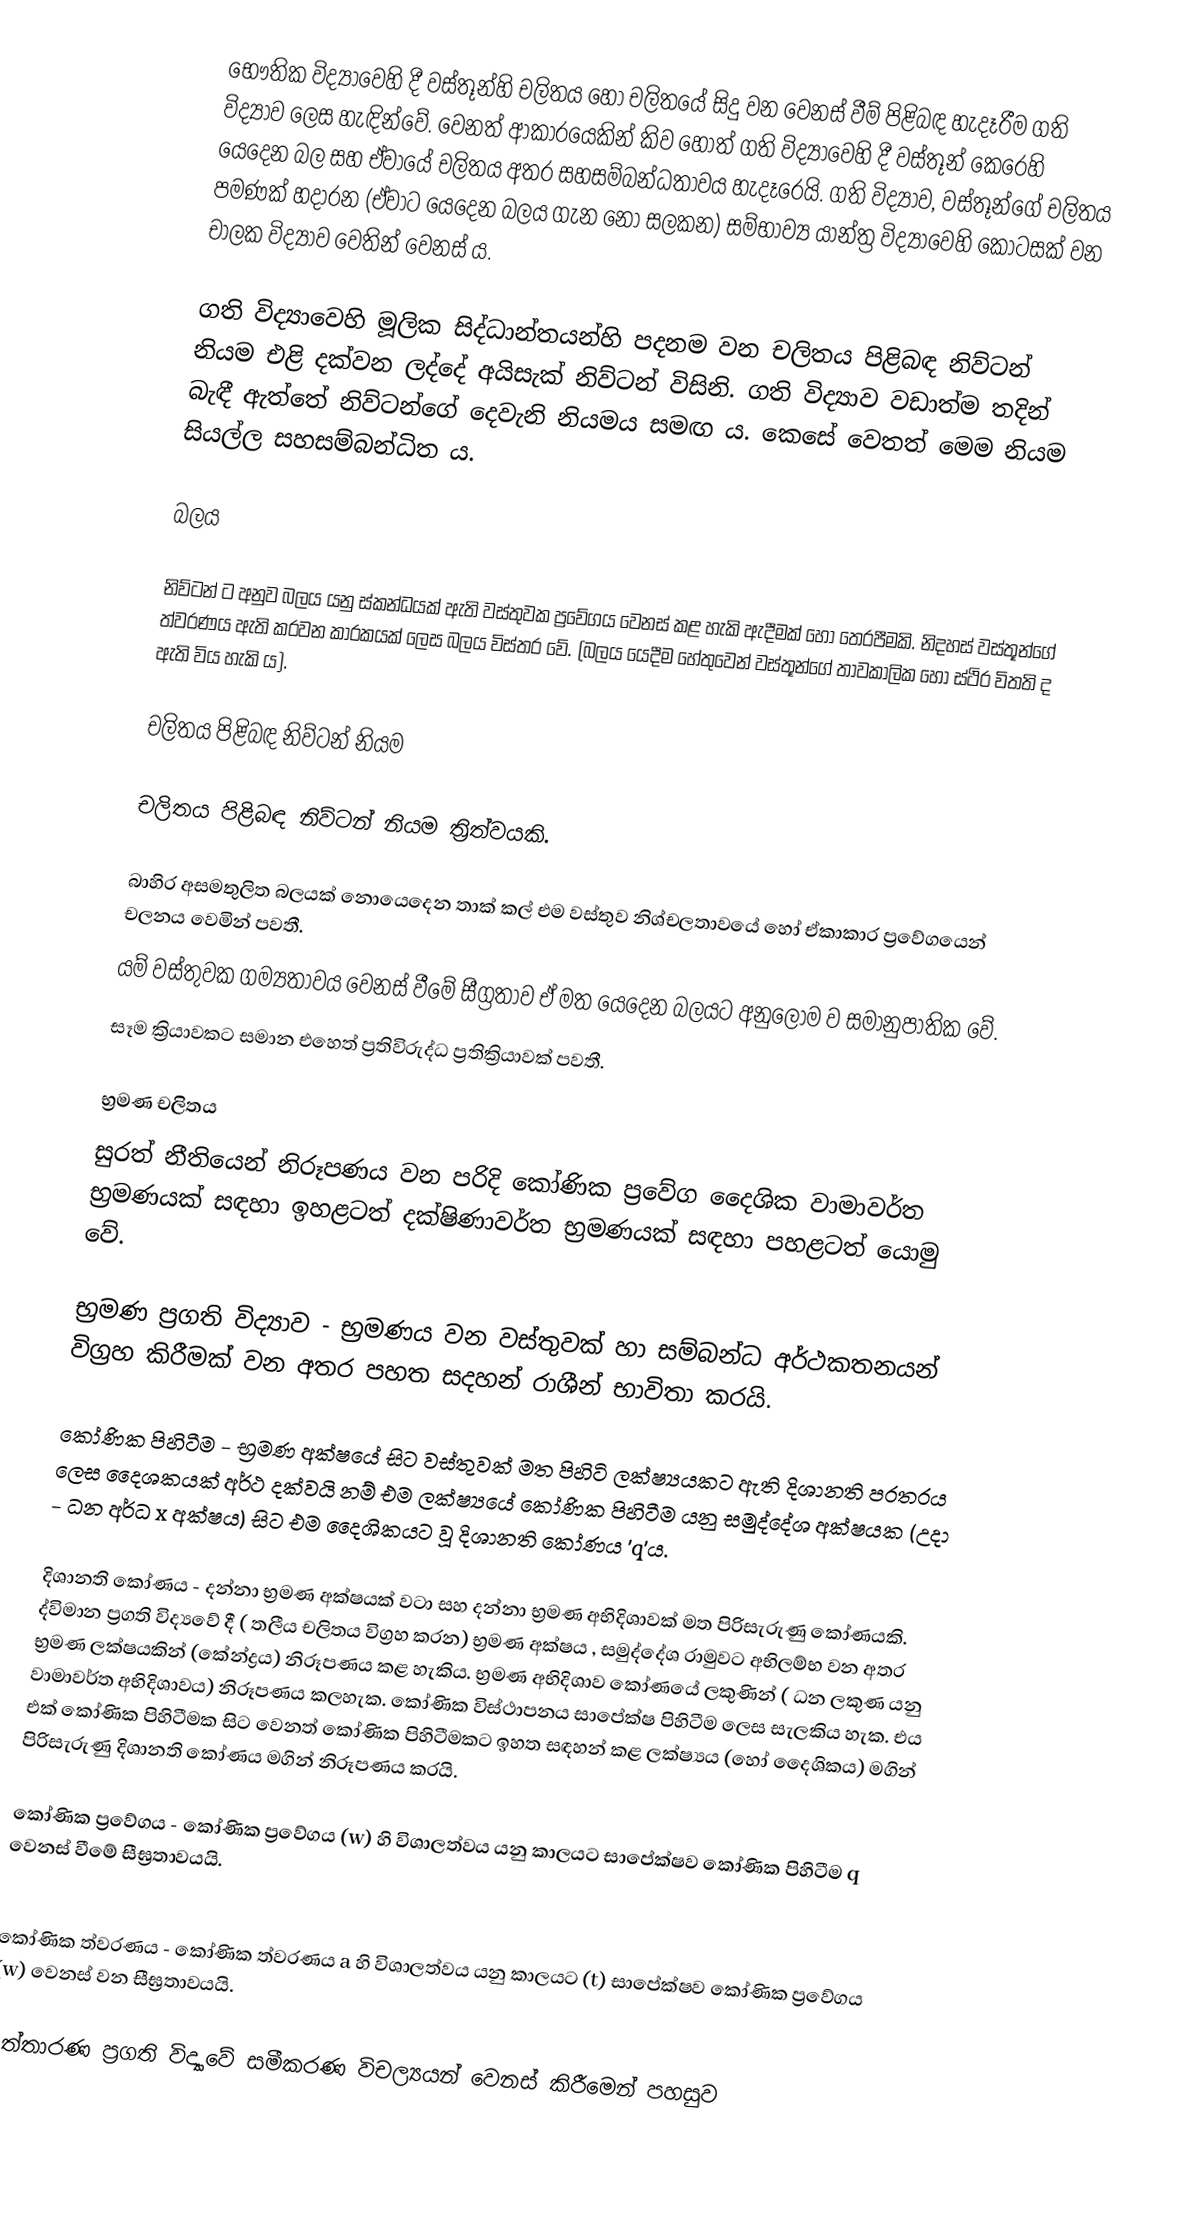
භෞතික විද්‍යාවෙහි දී වස්තූන්හි චලිතය හෝ චලිතයේ සිදු වන වෙනස් වීම් පිළිබඳ හැදෑරීම ගති විද්‍යාව ලෙස හැඳින්වේ. වෙනත් ආකාරයෙකින් කිව හොත් ගති විද්‍යාවෙහි දී වස්තූන් කෙරෙහි යෙදෙන බල සහ ඒවායේ චලිතය අතර සහසම්බන්ධතාවය හැදෑරෙයි. ගති විද්‍යාව, වස්තූන්ගේ චලිතය පමණක් හදාරන (ඒවාට යෙදෙන බලය ගැන නො සලකන) සම්භාව්‍ය යාන්ත්‍ර විද්‍යාවෙහි කොටසක් වන චාලක විද්‍යාව වෙතින් වෙනස් ය.

ගති විද්‍යාවෙහි මූලික සිද්ධාන්තයන්හි පදනම වන චලිතය පිළිබඳ නිව්ටන් නියම එළි දක්වන ලද්දේ අයිසැක් නිව්ටන් විසිනි. ගති විද්‍යාව වඩාත්ම තදින් බැඳී ඇත්තේ නිව්ටන්ගේ දෙවැනි නියමය සමඟ ය. කෙසේ වෙතත් මෙම නියම සියල්ල සහසම්බන්ධිත ය.

බලය

නිව්ටන් ට අනුව බලය යනු ස්කන්ධයක් ඇති වස්තුවක ප්‍රවේගය වෙනස් කළ හැකි ඇදීමක් හෝ තෙරපීමකි. නිදහස් වස්තූන්ගේ ත්වරණය ඇති කරවන කාරකයක් ලෙස බලය විස්තර වේ. (බලය යෙදීම හේතුවෙන් වස්තූන්ගේ තාවකාලික හෝ ස්ථිර විතති ද ඇති විය හැකි ය‍).

චලිතය පිළිබඳ නිව්ටන් නියම

චලිතය පිළිබඳ නිව්ටන් නියම ත්‍රිත්වයකි.

 බාහිර අසමතුලිත බලයක් නොයෙදෙන තාක් කල් එම වස්තුව නිශ්චලතාවයේ හෝ ඒකාකාර ප්‍රවේගයෙන් චලනය වෙමින් පවතී.
 යම් වස්තුවක ගම්‍යතාවය වෙනස් වීමේ සීග්‍රතාව ඒ මත යෙදෙන බලයට අනුලෝම ව සමානුපාතික වේ.
 සෑම ක්‍රියාවකට සමාන එහෙත් ප්‍රතිවිරුද්ධ ප්‍රතික්‍රියාවක් පවතී.

භ්‍රමණ චලිතය
සුරත් නීතියෙන් නිරූපණය වන පරිදි කෝණික ප්‍රවේග දෛශික වාමාවර්ත භ්‍රමණයක් සඳහා ඉහළටත් දක්ෂිණාවර්ත භ්‍රමණයක් සඳහා පහළටත් යොමු වේ.

භ්‍රමණ ප්‍රගති විද්‍යාව - භ්‍රමණ‍ය වන වස්තුවක් හා සම්බන්ධ අර්ථකතනයන් විග්‍රහ කිරීමක් වන අතර පහත සදහන් රාශීන් භාවිතා කරයි.

කෝණික පිහිටීම - භ්‍රමණ අක්ෂයේ සිට වස්තුවක් මත පිහිටි ලක්ෂ්‍යයකට ඇති දිශානති පරතරය ලෙස දෛශකයක් අර්ථ දක්වයි නම් එම ලක්ෂ්‍යයේ කෝණික පිහිටීම යනු සමුද්දේශ අක්ෂයක (උදා - ධන අර්ධ x අක්ෂය)  සිට එම දෛශිකයට වූ දිශානති කෝණය 'q'ය.

දිශානති කෝණය - දන්නා භ්‍රමණ අක්ෂයක් වටා සහ දන්නා භ්‍රමණ අභිදිශාවක් මත පිරිසැරුණු කෝණයකි. ද්විමාන ප්‍රගති විද්‍යවේ දී ( තලීය චලිතය විග්‍රහ කරන) භ්‍රමණ අක්ෂය , සමුද්දේශ රාමුවට අභිලම්භ වන අතර භ්‍රමණ ලක්ෂයකින් (කේන්ද්‍රය) නිරූපණය කළ හැකිය. භ්‍රමණ අභිදිශාව කෝණයේ ලකුණින් ( ධන ලකුණ යනු වාමාවර්ත අභිදිශාවය) නිරූපණය  කලහැක.  කෝණික විස්ථාපනය සාපේක්ෂ පිහිටීම ලෙස සැලකිය හැක. එය එක් කෝණික පිහිටීමක සිට වෙනත් කෝණික පිහිටීමකට ඉහත සඳහන් කළ ලක්ෂ්‍යය (හෝ දෛශිකය) මගින් පිරිසැරුණු දිශානති කෝණය මගින් නිරූපණය කරයි.

කෝණික ප්‍රවේගය - කෝණික ප්‍රවේගය (w)  හි විශාලත්වය යනු කාලයට සාපේක්ෂව කෝණික පිහිටීම q වෙනස් වීමේ සීඝ්‍රතාවයයි.

කෝණික ත්වරණය - කෝණික ත්වරණය a හි විශාලත්වය යනු කාලයට (t)  සාපේක්ෂව කෝණික ප්‍රවේගය (w)  වෙනස් වන සීඝ්‍රතාවයයි.

 උත්තාරණ ප්‍රගති විද්‍යාවේ සමීකරණ විචල්‍යයන් වෙනස් කිරීමෙන් පහසුව